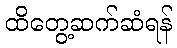
ထိတွေ့ဆက်ဆံရန်